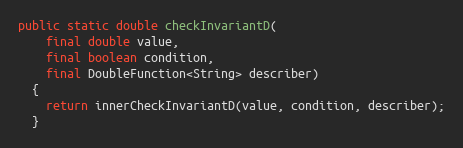
Language: Java
public static double checkInvariantD(
    final double value,
    final boolean condition,
    final DoubleFunction<String> describer)
  {
    return innerCheckInvariantD(value, condition, describer);
  }